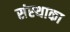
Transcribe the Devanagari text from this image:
संस्‍थाका